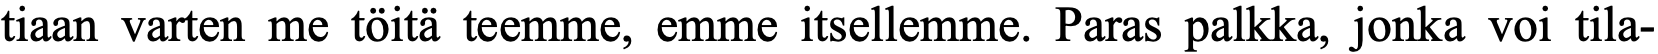
tiaan varten me töitä teemme, emme itsellemme. Paras palkka, jonka voi tila-